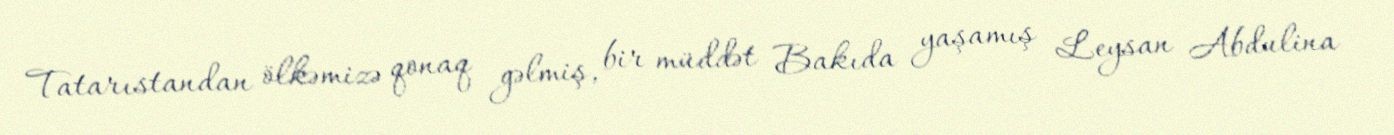
Tatarıstandan ölkəmizə qonaq gəlmiş, bir müddət Bakıda yaşamış Leysan Abdulina